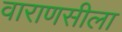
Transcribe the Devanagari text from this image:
वाराणसीला